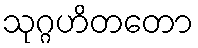
သုဂ္ဂဟိတတော